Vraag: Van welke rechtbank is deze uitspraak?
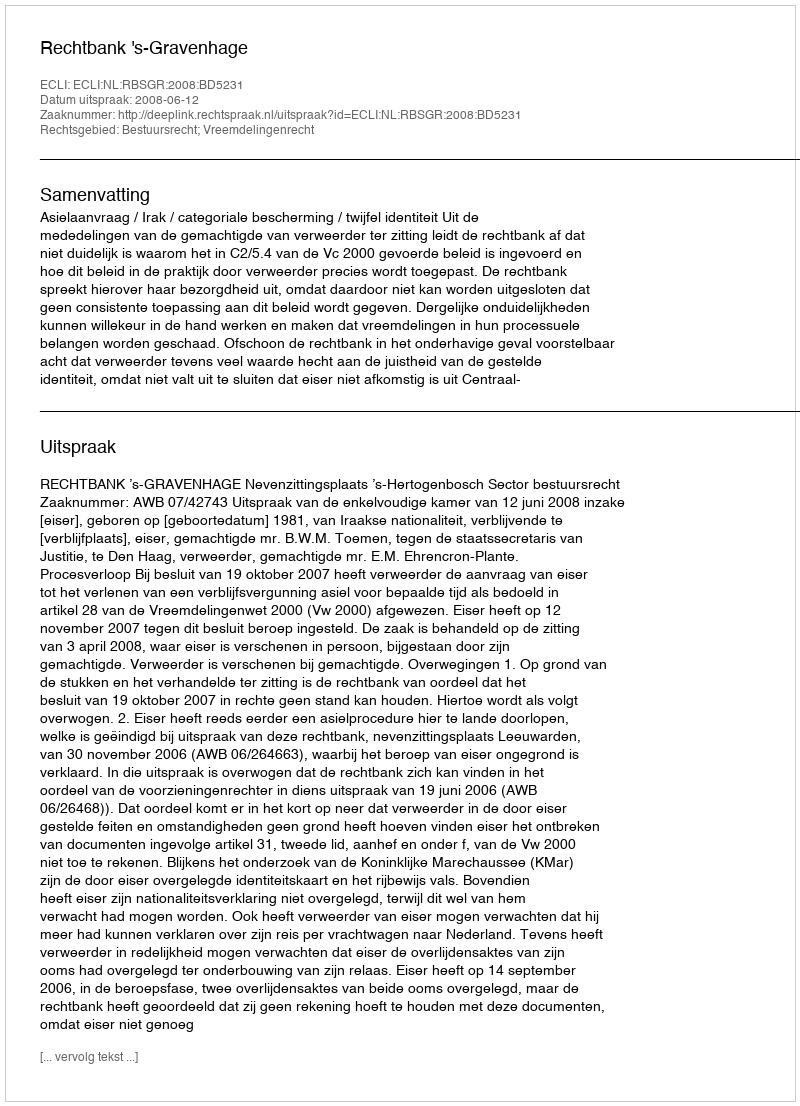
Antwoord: Rechtbank 's-Gravenhage